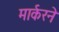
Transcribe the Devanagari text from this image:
मार्करने